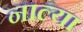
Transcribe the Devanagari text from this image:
नाल्या